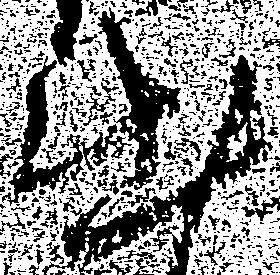
出